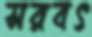
সরবৎ